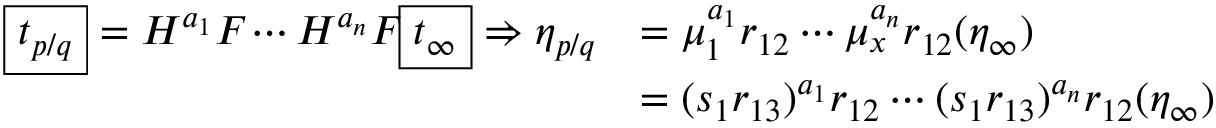
\begin{array} { r l } { \boxed { t _ { p / q } } = H _ { \O } ^ { a _ { 1 } } F _ { \O } \cdots H _ { \O } ^ { a _ { n } } F _ { \O } \boxed { t _ { \infty } } \Rightarrow \eta _ { p / q } } & { = \mu _ { 1 } ^ { a _ { 1 } } r _ { 1 2 } \cdots \mu _ { x } ^ { a _ { n } } r _ { 1 2 } ( \eta _ { \infty } ) } \\ & { = ( s _ { 1 } r _ { 1 3 } ) ^ { a _ { 1 } } r _ { 1 2 } \cdots ( s _ { 1 } r _ { 1 3 } ) ^ { a _ { n } } r _ { 1 2 } ( \eta _ { \infty } ) } \end{array}